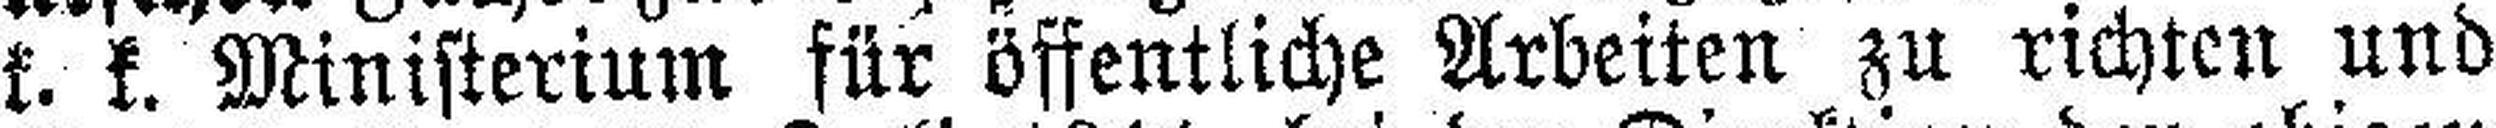
k. k. Ministerium für öffentliche Arbeiten zu richten und